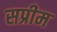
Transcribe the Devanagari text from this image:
सप्रीम